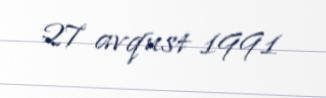
27 avqust 1991